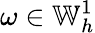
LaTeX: \omega\in\mathbb{W}_{h}^{1}